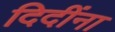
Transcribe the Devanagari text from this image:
दिदींना